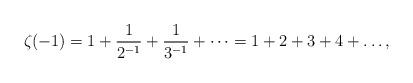
LaTeX: \begin{align*}\zeta_{}(-1) = 1+\frac{1}{2^{-1}}+\frac{1}{3^{-1}}+\dots = 1+2+3+4+\dots,\end{align*}